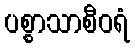
ပစ္စာသာစီဝရံ